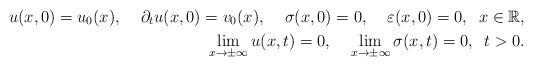
LaTeX: \begin{align*}u(x,0)=u_{0}(x),\;\;\;\;{\partial _{t}}u(x,0)=v_{0}(x),\;\;\;\;\sigma(x,0)=0,\;\;\;\;\varepsilon (x,0)=0,\;\;x\in \mathbb{R}, \\\lim_{x\rightarrow \pm \infty }u(x,t)=0,\;\;\;\;\lim_{x\rightarrow \pm\infty }\sigma (x,t)=0,\;\;t>0. \end{align*}